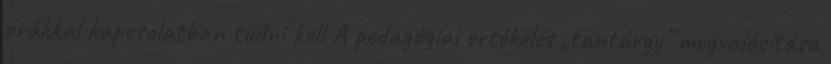
órákkal kapcsolatban tudni kell A pedagógiai értékelés „tantárgy” megvalósítása